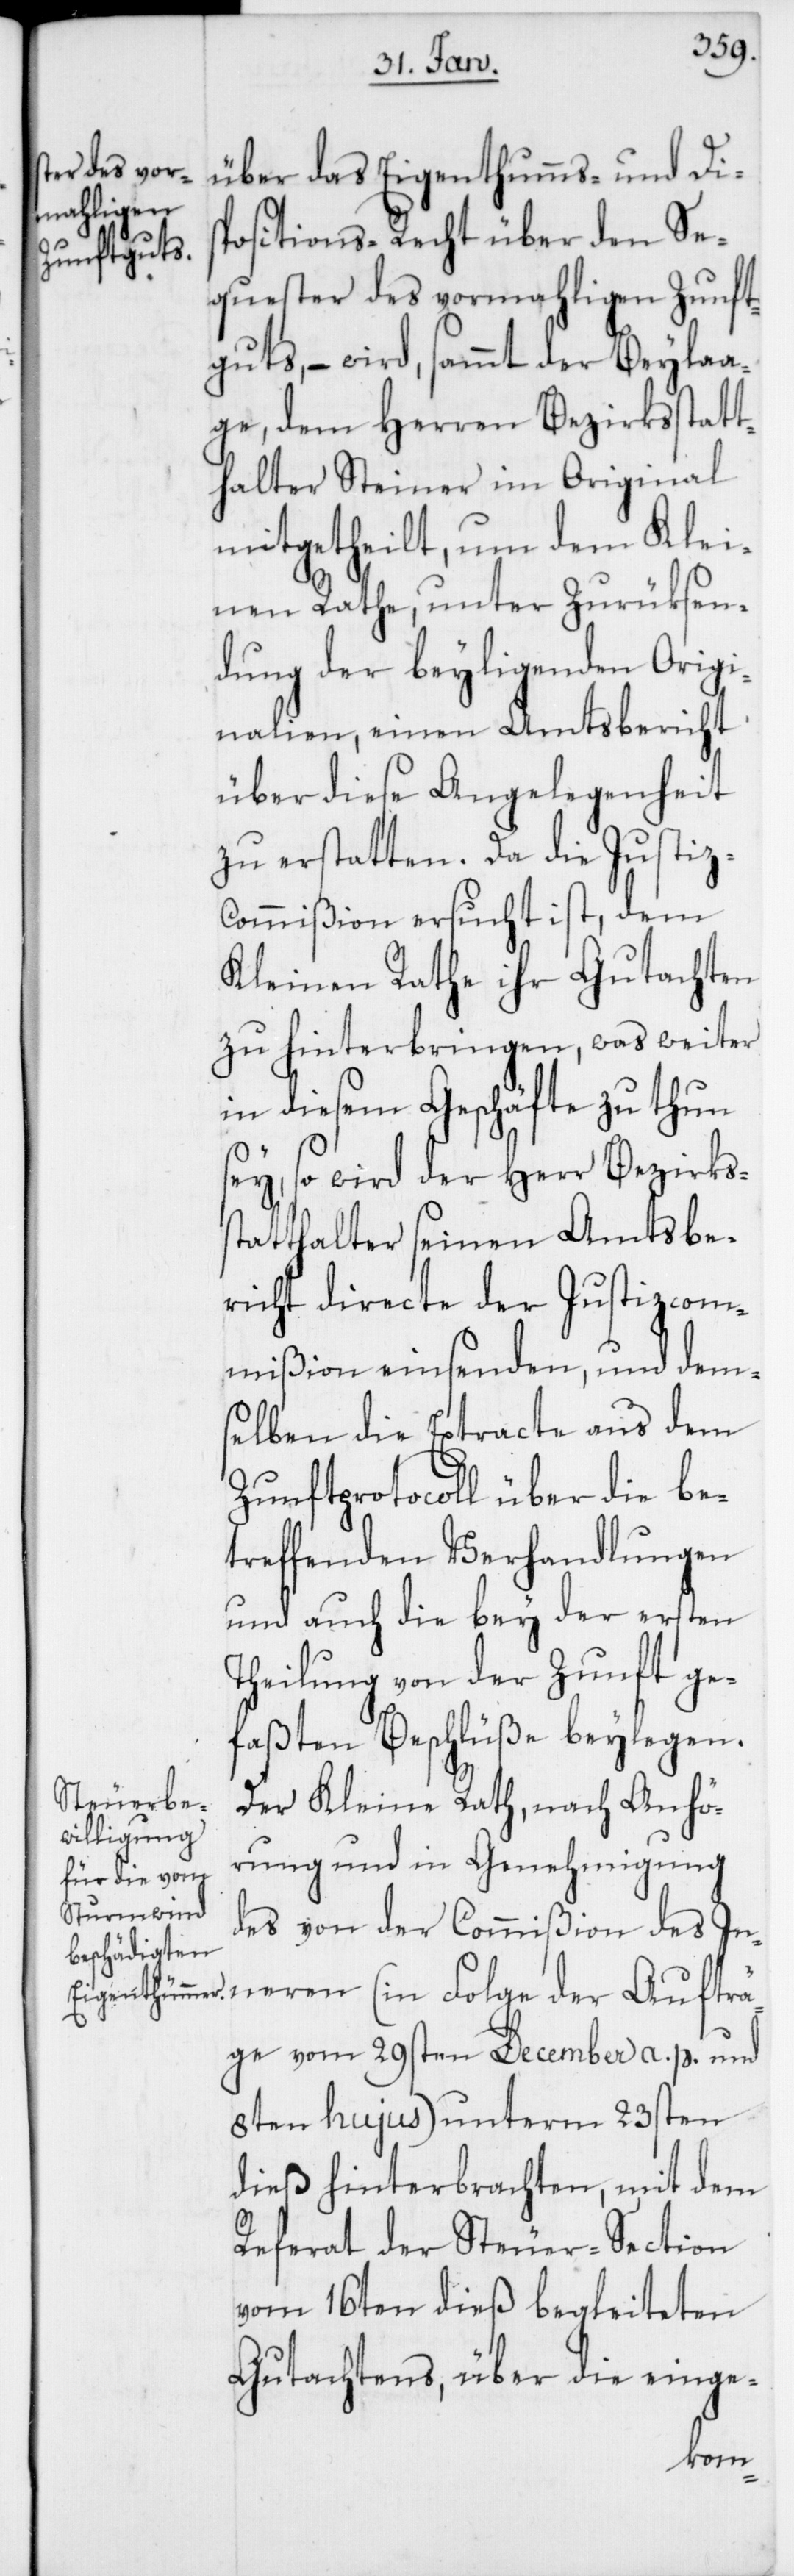
über das Eigenthums- und Dis¬
positions-Recht über den Se¬
quester des vormahligen Zunft¬
guts, – wird, sammt der Beylaa¬
ge, dem Herren Bezirksstatt¬
halter Steiner im Original
mitgetheilt, um dem Klei¬
nen Rathe, unter Zurüksen¬
dung der beyliegenden Origi¬
nalien, einen Amtsbericht
über diese Angelegenheit
zu erstatten. Da die Justiz-C¬
ommißion ersucht ist, dem
Kleinen Rathe ihr Gutachten
zu hinterbringen, was weiter
in diesem Geschäfte zu thun
sey, so wird der Herr Bezirks¬
statthalter seinen Amtsbe¬
richt directe der Justizcom¬
mißion einsenden, und dem¬
selben die Extracte aus dem
Zunftprotocoll über die be¬
treffenden Verhandlungen
und auch die bey der ersten
Theilung von der Zunft ge¬
faßten Beschlüße beylegen.
Der Kleine Rath, nach Anhö¬
rung und in Genehmigung
des von der Commißion des In¬
neren (in Folge der Aufträ¬
ge vom 29sten December a. p. und
8ten hujus) unterm 23sten
dieß hinterbrachten, mit dem
Referat der Steuer-Section
vom 16ten dieß begleiteten
Gutachtens, über die einge-